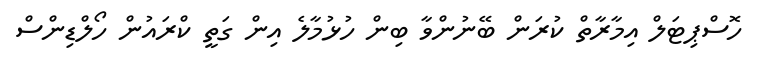
ހޮސްޕިޓަލް އިމާރާތް ކުރަން ބޭނުންވާ ބިން ހުޅުމާލެ އިން ގަތީ ކްރައުން ހޯލްޑިންސް